画像に写った文字を読んでください
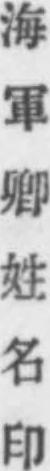
「海軍卿姓名印」と書いてあります